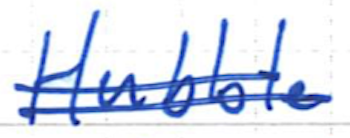
Text: Hubble
Cross-out: double-line
Writing tool: ballpoint